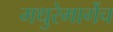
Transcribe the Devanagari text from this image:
मथुरेमार्गेच